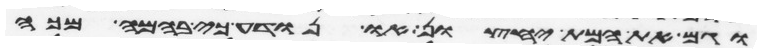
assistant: וגם את המת יחצון או נודע כי בהמה מכה